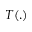
T ( . )